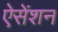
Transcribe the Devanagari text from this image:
ऐसेंशन